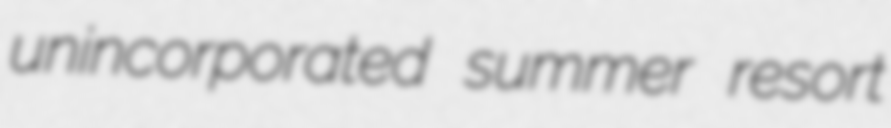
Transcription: unincorporated summer resort